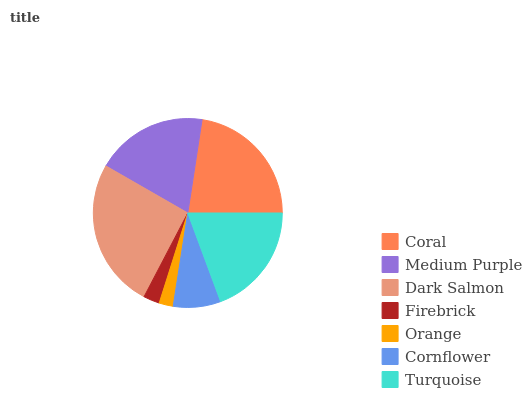
| Coral | Medium Purple | Dark Salmon | Firebrick | Orange | Cornflower | Turquoise |
 | --- | --- | --- | --- | --- | --- | --- |
 | 22.6% | 19.1% | 25.6% | 2.77% | 2.42% | 8.11% | 19.4% |